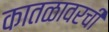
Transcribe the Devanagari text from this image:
कातळावरची